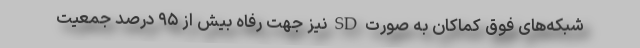
شبکه‌های فوق کماکان به صورت SD نیز جهت رفاه‌ بیش از ۹۵ درصد جمعیت